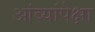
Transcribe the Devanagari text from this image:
आंब्यांपेक्षा